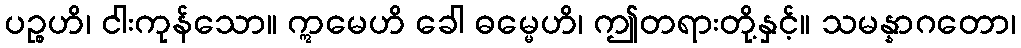
ပဉ္စဟိ၊ ငါးကုန်သော။ ဣမေဟိ ခေါ ဓမ္မေဟိ၊ ဤတရားတို့နှင့်။ သမန္နာဂတော၊